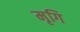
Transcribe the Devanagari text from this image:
मृगि